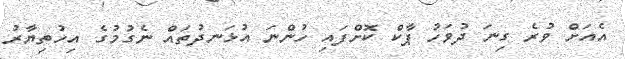
އެއަށް ވުރެ ގިނަ ދުވަހު ޕާކް ކޮށްފައި ހުންނަ އުޅަނދުތައް ނެގުމުގެ އިހުތިޔާރު